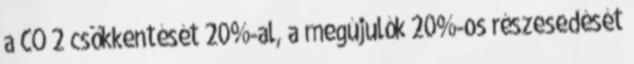
a CO 2 csökkentését 20%-al, a megújulók 20%-os részesedését